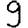
Digit: 9